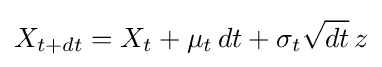
X_{t+dt}=X_{t}+\mu _{t}\,dt+\sigma _{t}{\sqrt {dt}}\,z